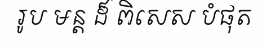
រូប មន្ត ដ៏ ពិសេស បំផុត